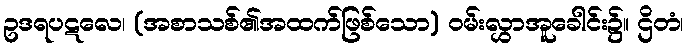
ဥဒရပဋလေ၊ (အစာသစ်၏အထက်ဖြစ်သော) ဝမ်းလွှာအူခေါင်း၌။ ဌိတံ၊